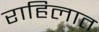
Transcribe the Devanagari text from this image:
राहिलात